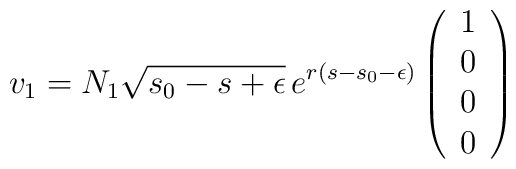
v_1= N_1 \sqrt{s_0-s + \epsilon} \, e^{r(s-s_0-\epsilon)}\left(\begin{array}{c}1\\0\\0\\0\end{array}\right)